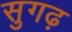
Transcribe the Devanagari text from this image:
सुगढ़